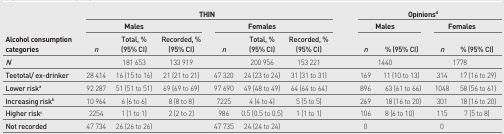
<table><thead><tr><td rowspan="3"><b>Alcohol consumption categories</b></td><td colspan="6"><b>THIN</b></td><td colspan="4"><b>Opinions<sup>d</sup></b></td></tr><tr><td colspan="3"><b>Males</b></td><td colspan="3"><b>Females</b></td><td colspan="2"><b>Males</b></td><td colspan="2"><b>Females</b></td></tr><tr><td><b><i>n</i></b></td><td><b>Total, % (95% CI)</b></td><td><b>Recorded, % (95% CI)</b></td><td><b><i>n</i></b></td><td><b>Total, % (95% CI)</b></td><td><b>Recorded, % (95% CI)</b></td><td><b><i>n</i></b></td><td><b>% (95% CI)</b></td><td><b><i>n</i></b></td><td><b>% (95% CI)</b></td></tr></thead><tbody><tr><td><b><i>N</i></b></td><td></td><td>181 653</td><td>133 919</td><td></td><td>200 956</td><td>153 221</td><td colspan="2">1440</td><td colspan="2">1778</td></tr><tr><td><b>Teetotal/ ex-drinker</b></td><td>28 414</td><td>16 (15 to 16)</td><td>21 (21 to 21)</td><td>47 320</td><td>24 (23 to 24)</td><td>31 (31 to 31)</td><td>169</td><td>11 (10 to 13)</td><td>314</td><td>17 (16 to 29)</td></tr><tr><td><b>Lower risk<sup>a</sup></b></td><td>92 287</td><td>51 (51 to 51)</td><td>69 (69 to 69)</td><td>97 690</td><td>49 (48 to 49)</td><td>64 (64 to 64)</td><td>896</td><td>63 (61 to 66)</td><td>1048</td><td>58 (56 to 61)</td></tr><tr><td><b>Increasing risk<sup>b</sup></b></td><td>10 964</td><td>6 (6 to 6)</td><td>8 (8 to 8)</td><td>7225</td><td>4 (4 to 4)</td><td>5 (5 to 5)</td><td>269</td><td>18 (16 to 20)</td><td>301</td><td>18 (16 to 20)</td></tr><tr><td><b>Higher risk<sup>c</sup></b></td><td>2254</td><td>1 (1 to 1)</td><td>2 (2 to 2)</td><td>986</td><td>0.5 (0.5 to 0.5)</td><td>1 (1 to 1)</td><td>106</td><td>8 (6 to 10)</td><td>115</td><td>7 (5 to 8)</td></tr><tr><td><b>Not recorded</b></td><td>47 734</td><td>26 (26 to 26)</td><td></td><td>47 735</td><td>24 (24 to 24)</td><td></td><td>0</td><td></td><td>0</td><td></td></tr></tbody></table>